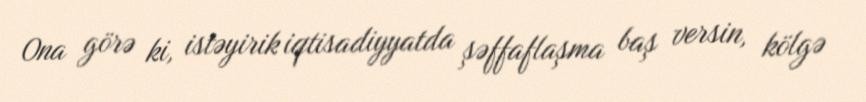
Ona görə ki, istəyirik iqtisadiyyatda şəffaflaşma baş versin, kölgə